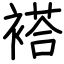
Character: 褡